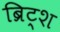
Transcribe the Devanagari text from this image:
ब्रिट्श